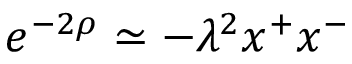
e ^ { - 2 \rho } \simeq - \lambda ^ { 2 } x ^ { + } x ^ { - }